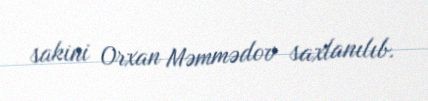
sakini Orxan Məmmədov saxlanılıb.